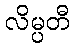
လိမ္ပတီ